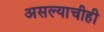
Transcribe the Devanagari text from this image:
असल्याचीही